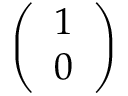
\left( \begin{array} { l } { 1 } \\ { 0 } \end{array} \right)